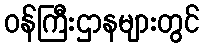
ဝန်ကြီးဌာနများတွင်